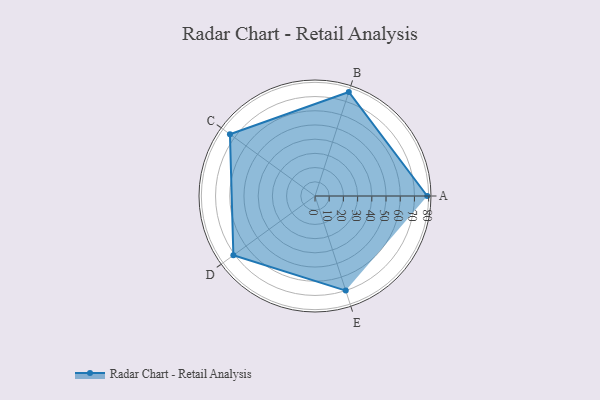
{"axis": {"x": "Skill", "y": "Score"}, "legend": ["Profile"], "data": [{"x": "A", "y": 79.0, "type": "Profile"}, {"x": "B", "y": 77.0, "type": "Profile"}, {"x": "C", "y": 74.0, "type": "Profile"}, {"x": "D", "y": 71.0, "type": "Profile"}, {"x": "E", "y": 70.0, "type": "Profile"}]}